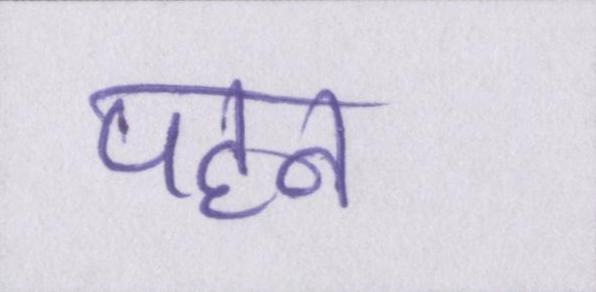
पहन